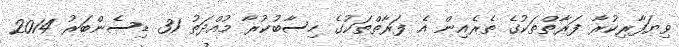
ވިޔަފާރިކުރާ ފަރާތްތަކުގެ ތެރެއިން އެ ފަރާތްތަކުގެ ހިސާބުކުރާ މުއްދަތު 31 ޑިސެންބަރު 2014